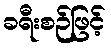
ခရီးစဉ်ဖြင့်